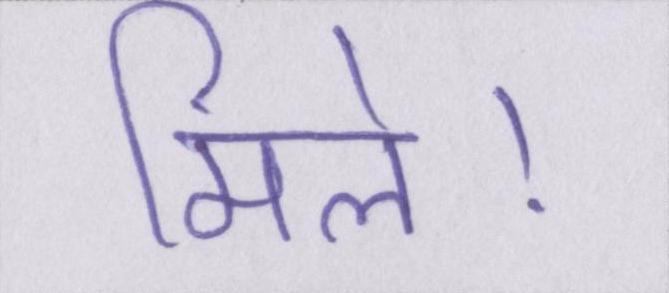
मिले।